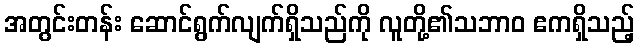
အတွင်းတန်း ဆောင်ရွက်လျက်ရှိသည်ကို လူတို့၏သဘာဝ ဧကရှိသည့်